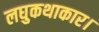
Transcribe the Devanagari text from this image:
लघुकथाकार।